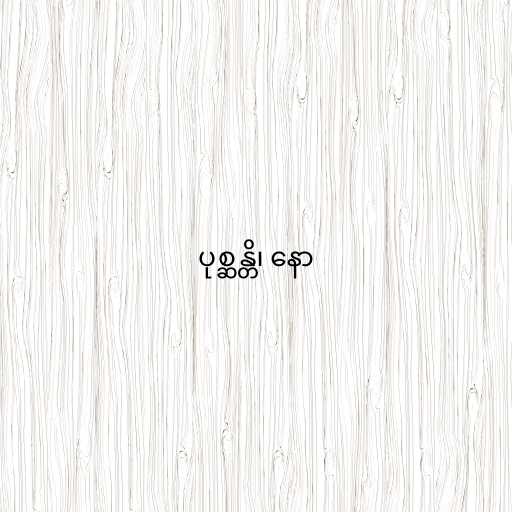
ပုစ္ဆန္တိ၊ နော